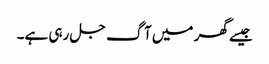
جیسے گھر میں آگ جل رہی ہے۔